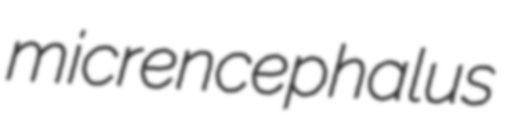
micrencephalus